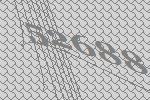
52688